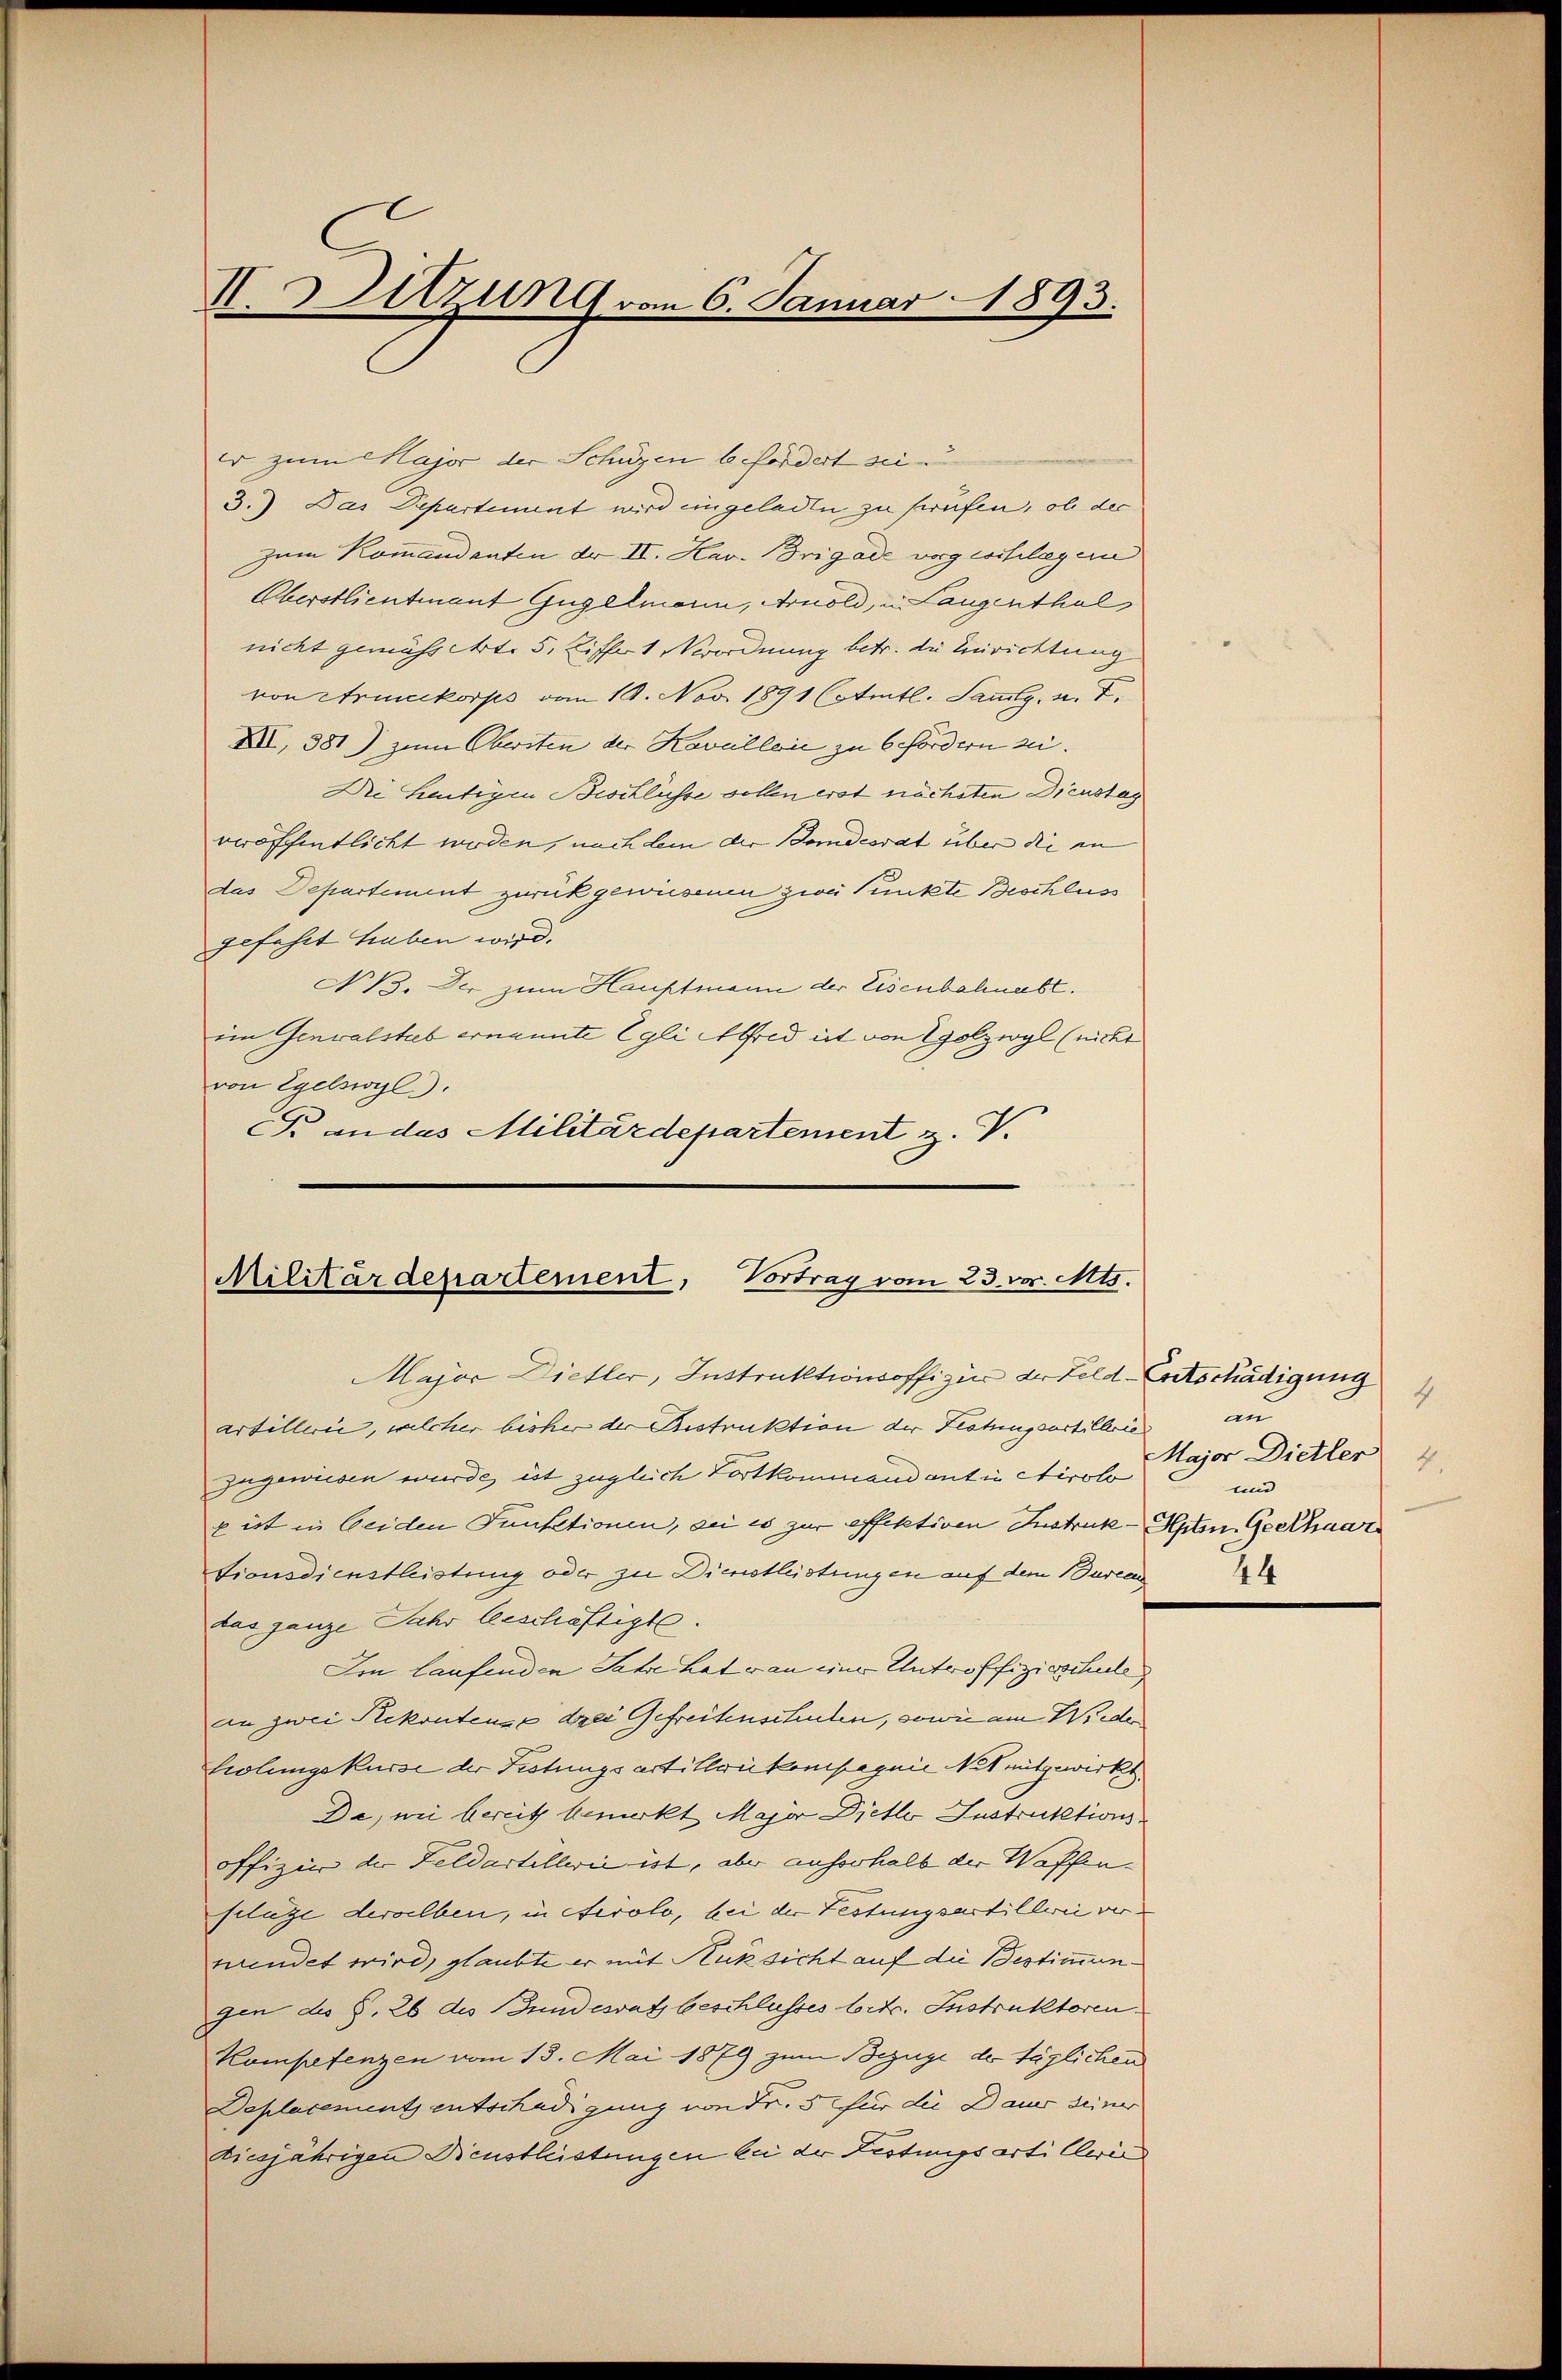
II. Sitzung vom 6. Januar 1893.

er zum Major der Schüzen befördert sei
3.) Das Departement wird eingeladen zu sprüfen, ob der
zum Komandanten dr II. Hav. Brigade vorgeschlagen
Eberstlieutnant Gugelmann, Arnold, u. Langenthal
nicht gemäss Art. 5. Ziffert Verordnung betr. die Einrichtung
von Armeekorps vom 19. Nov. 1891 (Amtl. Sammlg. u. F.
XII, 381) zum Obersten der Kavallein zu 6. Fordern sei¬
Die heutigen Beschlüsse vollen erst nächsten Dienstag
veröffentlicht worden, nach dem der Bandesrat über die an
das Departement zurückgewiesenen zwei Punkte Beschluss
gefahrt haben wird.
NB. Der zum Hauptmann der Eisenbahnabt.
ein Genualstreb ernannte Egli Alfred ist von Egolzwyl (nicht
von Egelswyl
Br andes Militärdepartement z. V.

Militärdepartement, Vortrag vom 23. vor. Mts.

Major Dietler, Instruktionsoffizin der Feld-Entschädigung
artillerie, welcher bisher der Bestruktion der Festungsartillerie
zugewiesen wurde ist zugleich Fortkommandant in Airolo
x ist in beiden Funktionen, sei es zur effektiven Instruk- Hpten Geschaar
tionsdienstleistung oder zu Dienstleistungen auf dem Burea
das ganze Jahr beschäftigte.
Im laufenden Jahre hat von einer Unteroffizierschule
an zwei Rekontense drei Gefreitenschulen, sowie am Wider
Eilungskurse der Festungsartittenkompagnie Not mitgewirkt.
Da, wie bereits bemerkt Major Dietler Instruktionsoffizin der Feldartillerie ist, aber ausserhalb der Waffen
flage derselben, in Airolo, bei der Festungsartillerei verwendet wird, glaubte er mit Rücksicht auf die Bestimmungen des §. 26 des Bundesrath beschlusses betr. Instruktoren
Kompetenzen vom 13. Mai 1879 zum Bezüge der täglichen
Deplacements entschädigung von Fr. 5 für die Dauer seiner
Dicejährigen Dienstleistungen bei der Festungsarti Clerie

4
an
Major Dietler
4.
und